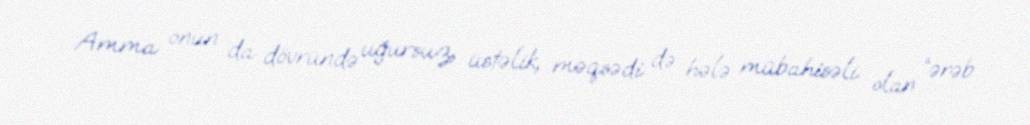
Amma onun da dövründə uğursuz, üstəlik, məqsədi də hələ mübahisəli olan “ərəb